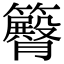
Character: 𥷝